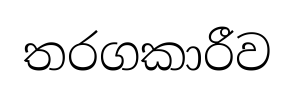
තරගකාරීව